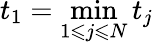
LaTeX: t_{1}=\operatorname*{min}_{1\leqslant j\leqslant N}t_{j}